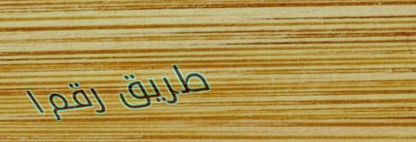
طريق رقم ١